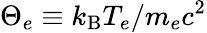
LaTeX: \Theta_{e}\equiv k_{\mathrm{B}}T_{e}/m_{e}c^{2}